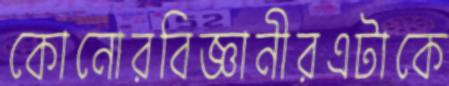
কোনোরবিজ্ঞানীরএটাকে